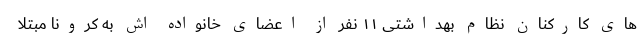
های کارکنان نظام بهداشتی ۱۱ نفر از اعضای خانواده اش به کرونا مبتلا